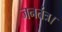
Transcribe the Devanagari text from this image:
जनतंत्र।